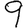
Digit: 9